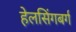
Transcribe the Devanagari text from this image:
हेलसिंगबर्ग